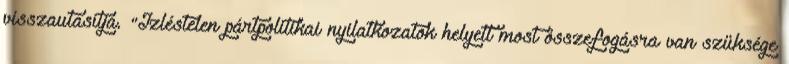
visszautasítja. "Ízléstelen pártpolitikai nyilatkozatok helyett most összefogásra van szüksége